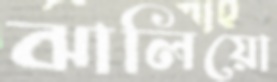
ঝালিয়ো